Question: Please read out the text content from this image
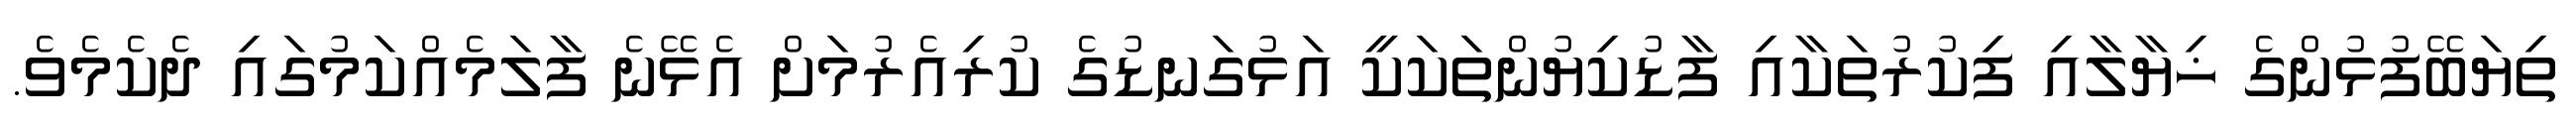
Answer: ތިޔަބޭފުޅުންގެ ޚިޔާލާއި ފިކުރުތަކާއި ފާޑުކިޔުންތަކަކީ އަޅުގަނޑުގެ ކުރިއެރުމަށް އެޅޭނެ ފާލަމެއްކަމުގައި ދެކެމެވެ.